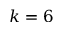
k = 6